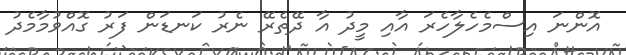
އޮންނަ އިސްމެހެލާހެރަ އާއި މީދު އާ ދޭތެރޭ ނެރު ކަނޑަން ފަރު ގޮއްވުމާމެދު